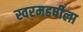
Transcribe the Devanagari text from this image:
स्वरमहर्षीला